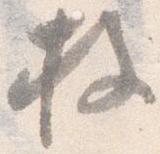
枚